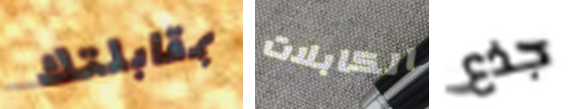
بمقابلتك الكابلات جذع